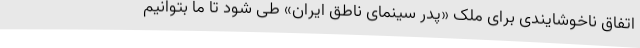
اتفاق ناخوشایندی برای ملک «پدر سینمای ناطق ایران» طی شود تا ما بتوانیم